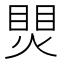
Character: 煛